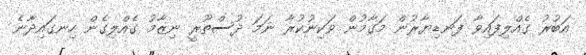
އަބުރު ގެއްލިފައިވާ ފަނޑިޔާރުން މަގާމުން ވަކިނުކުރާ ނަމަ ދުސްތޫރީ ނިޒާމު ގެއްލިގެން ހިނގައިދާނެ